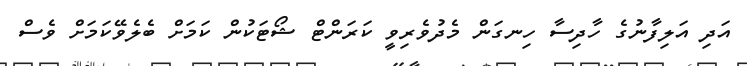
އަދި އަލިފާނުގެ ހާދިސާ ހިނގަން މެދުވެރިވީ ކަރަންޓް ޝޯޓަކުން ކަމަށް ބެލެވޭކަމަށް ވެސް